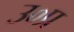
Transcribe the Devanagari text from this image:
उ०प्र